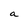
Character: a